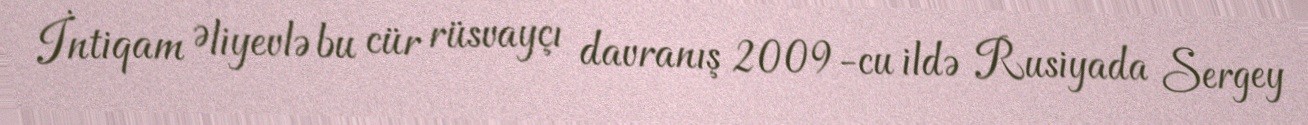
İntiqam Əliyevlə bu cür rüsvayçı davranış 2009-cu ildə Rusiyada Sergey